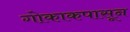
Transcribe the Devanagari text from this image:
गोकाकपासून